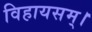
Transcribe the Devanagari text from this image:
विहायसम्।